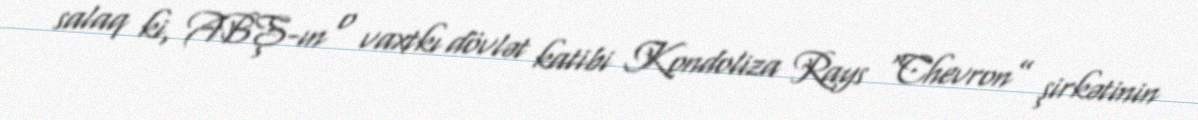
salaq ki, ABŞ-ın o vaxtkı dövlət katibi Kondoliza Rays “Chevron” şirkətinin